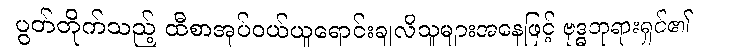
ပွတ်တိုက်သည့် ထီစာအုပ်ဝယ်ယူရောင်းချလိုသူများအနေဖြင့် ဗုဒ္ဓဘုရားရှင်၏